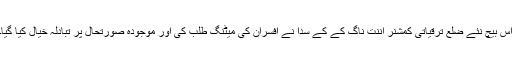
اس بیچ نئے ضلع ترقیاتی کمشنر اننت ناگ کے کے سدا نے آفسران کی میٹنگ طلب کی اور موجودہ صورتحال پر تبادلہ خیال کیا گیا۔